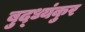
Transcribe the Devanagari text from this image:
बुद्ध्यंकुर